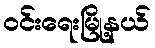
ဝင်းရေးမြို့နယ်